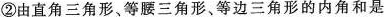
②由直角三角形、等腰三角形、等边三角形的内角和是180°，归纳出所有三角形的内角和都是